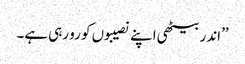
’’اندر بیٹھی اپنے نصیبوں کو رو رہی ہے۔